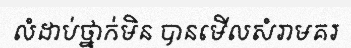
លំដាប់ថ្នាក់មិន បានមើលសំរាមគរ